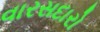
વારસદારો